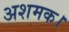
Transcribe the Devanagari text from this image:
अशमक।